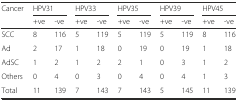
| <ROWSPAN=2> Cancer | <COLSPAN=2> HPV31 | <COLSPAN=2> HPV33 | <COLSPAN=2> HPV35 | <COLSPAN=2> HPV39 | <COLSPAN=2> HPV45 |
 | +ve | -ve | +ve | -ve | +ve | -ve | +ve | -ve | +ve | -ve |
 | --- | --- | --- | --- | --- | --- | --- | --- | --- | --- | --- |
 | SCC | 8 | 116 | 5 | 119 | 5 | 119 | 5 | 119 | 8 | 116 |
 | Ad | 2 | 17 | 1 | 18 | 0 | 19 | 0 | 19 | 1 | 18 |
 | AdSC | 1 | 2 | 1 | 2 | 2 | 1 | 0 | 3 | 1 | 2 |
 | Others | 0 | 4 | 0 | 3 | 0 | 4 | 0 | 4 | 1 | 3 |
 | Total | 11 | 139 | 7 | 143 | 7 | 143 | 5 | 145 | 11 | 139 |